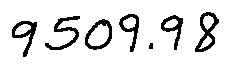
9 5 0 9 . 9 8